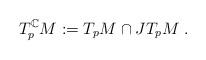
LaTeX: \begin{align*}T_p^{\mathbb{C}}M:=T_pM\cap JT_pM\;.\end{align*}